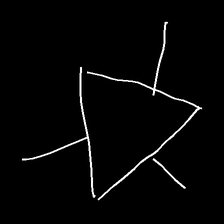
Glyph: fire